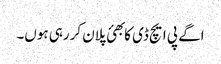
اگے پی ایچ ڈی کا بھئ پلان کررہی ہوں۔